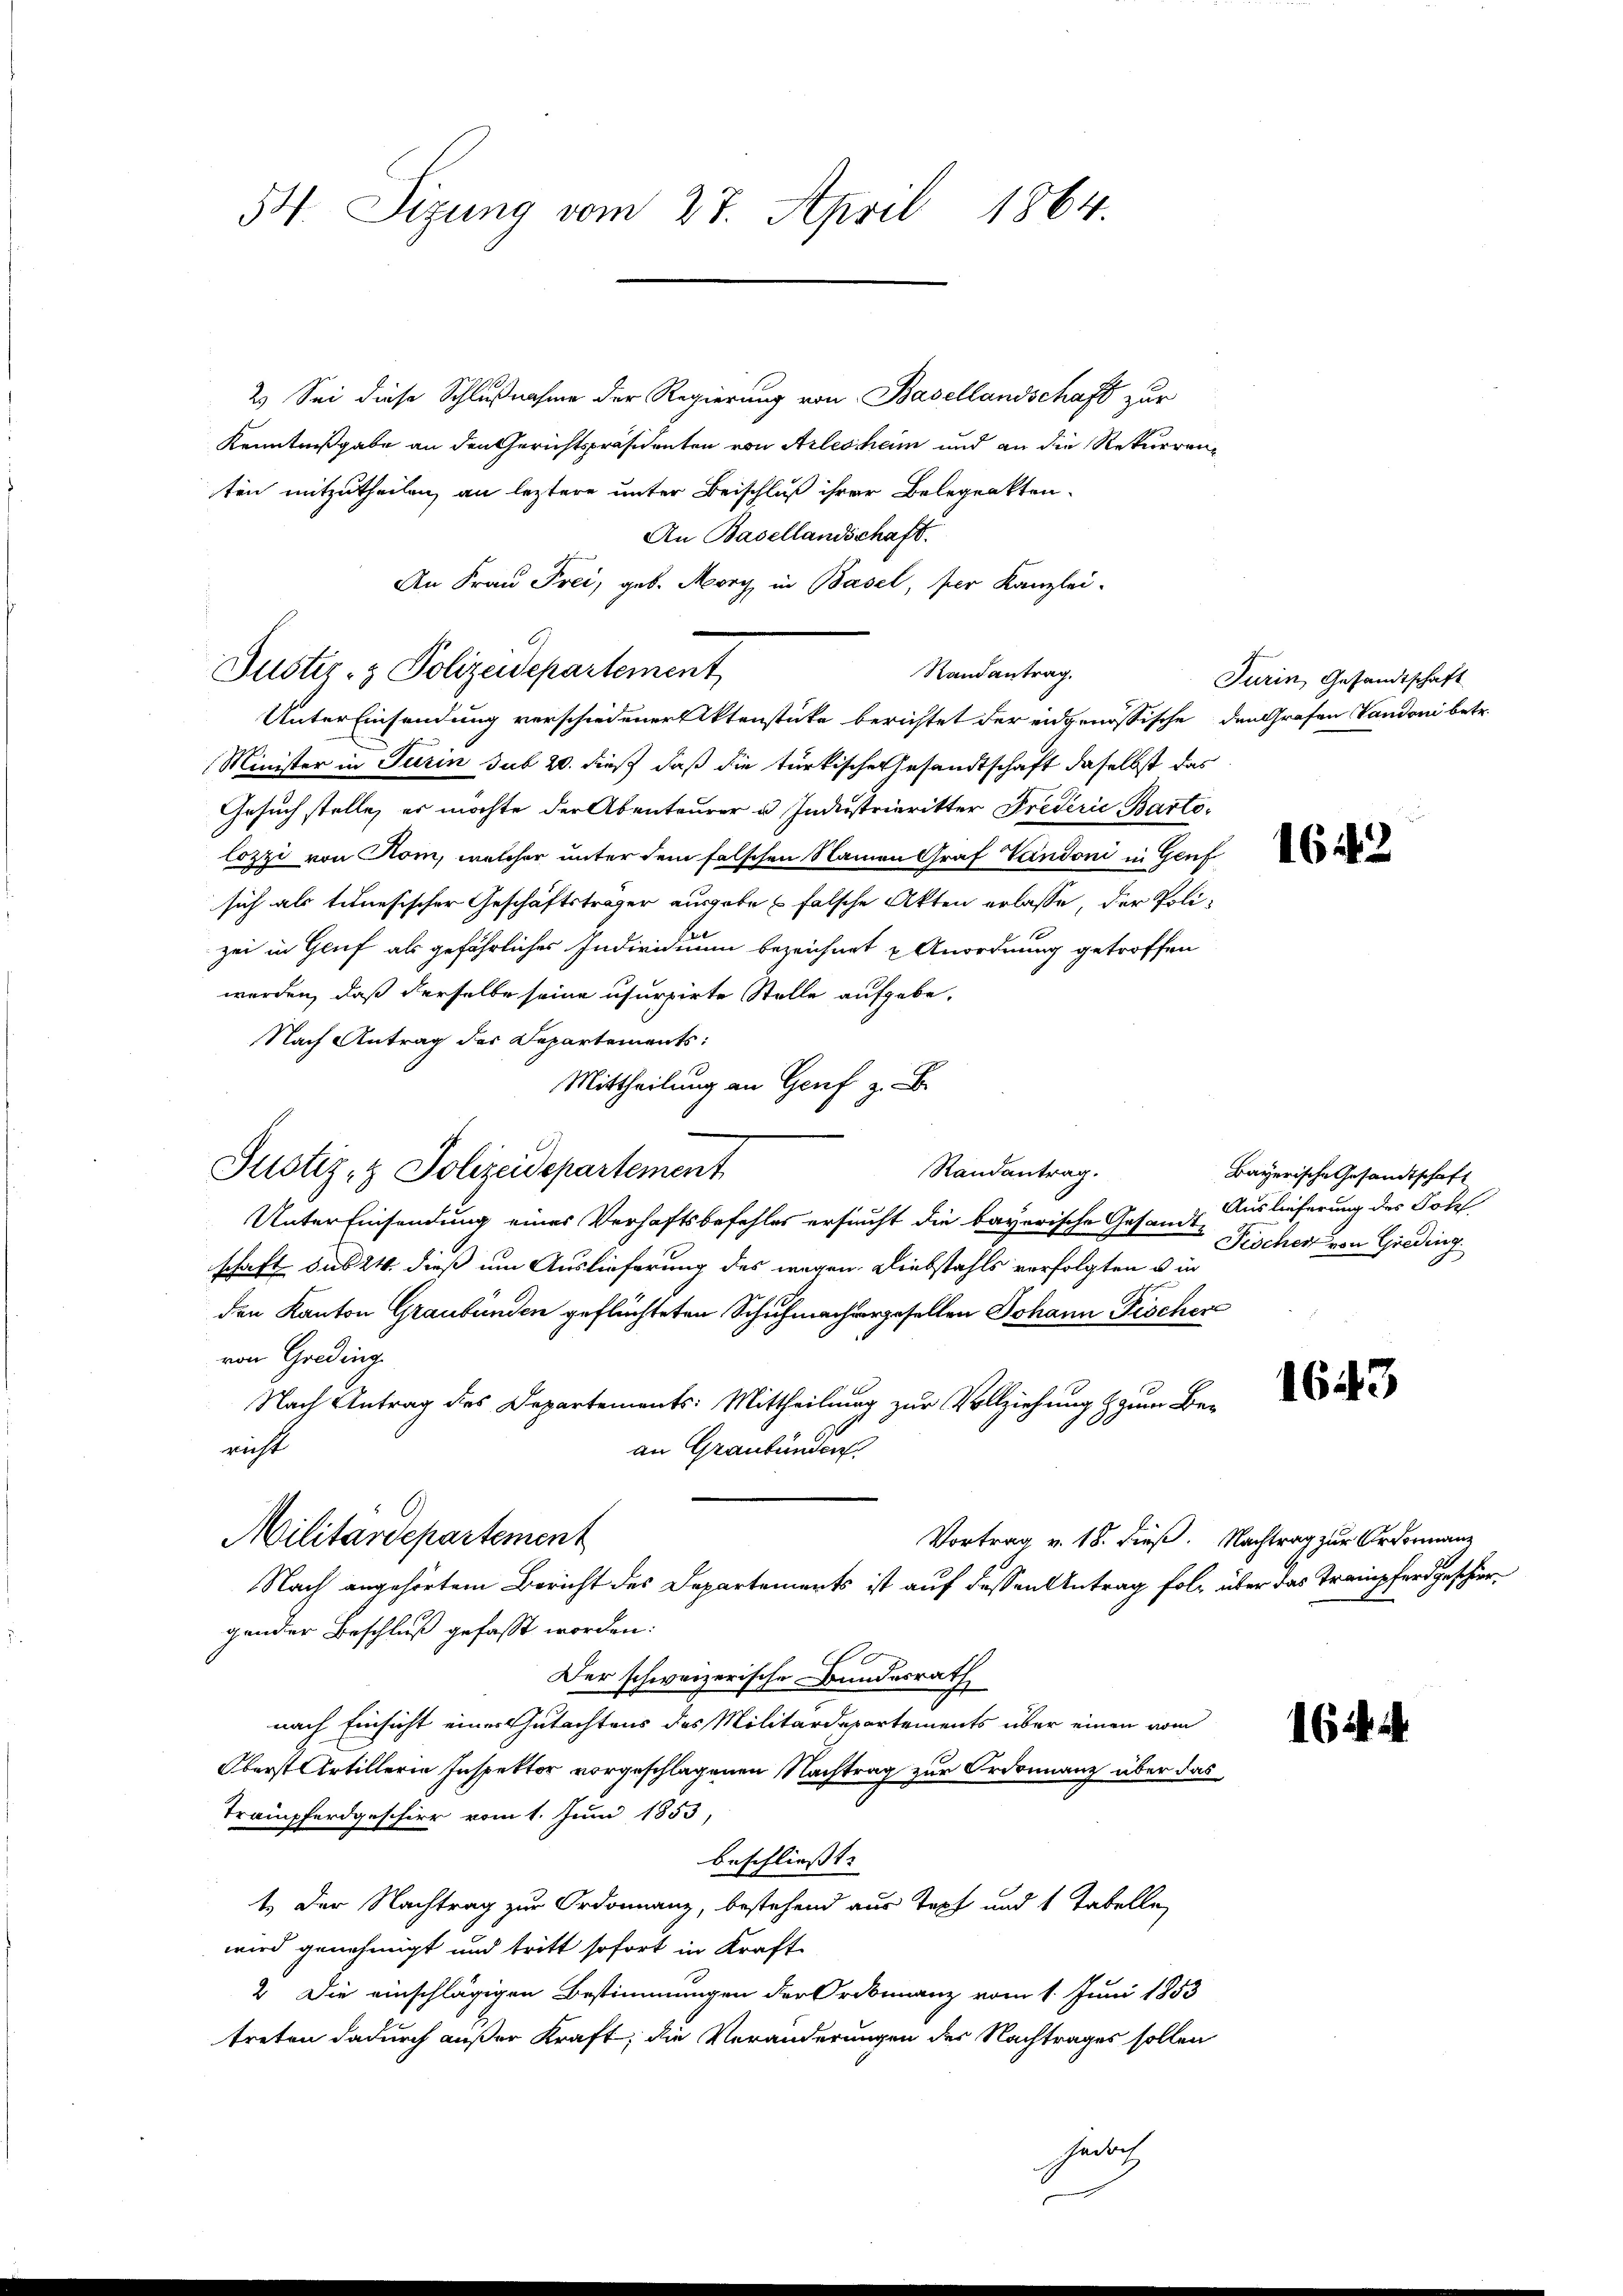
54. Sizung vom 27. April 1864.

2.) Sei diese Schlußnahme der Regierung von Basellandschaft zur
Kenntnißgabe an den Gerichtspräsidenten von Arlesheim und an die Rekurrenz
ten mitzutheilen, an leztere unter Beischluß ihrer Belegenkten.
An Basellandschaft.
An Frau Frei, geb. Morg in Basel, per Kanzlei-
Randantrag.
Unter Einsendung verschiedener Aktenstücke berichtet der eidgenössische den Grafen Vandoni betr.
Minister in Turin sub 20. dieß daß die türkische Gesandtschaft daselbst das
Gesuch stelle, er möchte der Abenteurer u. Industrieritter Frederie Bartolozzi von Rom, welcher unter dem falschen Namen Graf Vandoni in Genf
sich als tenesischer Geschäftsträger ausgabe falsche Akten erlasse, der Polizei in Gruf als gefährliches Individuum bezeichnet u Anordnung getroffen
werden, daß derselbe seine usurpirte Stelle aufgebe,
Nach Antrag der Departements:
Mittheilung an Genf z. B.
Randantrag.
Justiz- & Polizeidepartement
Unter Einsendung eines Verhaftsbefehles ersucht die bayerische Gesandt Auslieferung des Sohl
schaft sub 24 dieß um Auslieferung des wegen Diebstahls vorfolgten u in
den Kanton Graubünden geflüchteten Schuhmachergesellen Johann Fischer
von Greding
Nach Antrag des Departements: Mittheilung zur Vollziehung zum Benicht
an Graubünden.
Militärdepartement
Vortrag v. 18. dieß. Nachtrag zur Ordonnanz
Nach angehörtem Bericht des Departements ist auf dessen Antrag folg über das Trampferd geschiergender Beschluß gefasst worden:
Der schweizerische Bundesrath
nach Einsicht einer Gutachtens des Militärdepartements über einen vom
Oberst Artillerie Inspektor vorgeschlagenen Nachtrag zur Ordonnanz über das
Trampferdgeschirr vom 1. Juni 1853,
beschliesst:
t. Der Nachtrag zur Ordonnanz, bestehend aus Topf und 1 Tabelle,
wird genehmigt und tritt sofort in Kraft-
2 Die einschlägigen Bestimmungen der Ordinanz vom 1. Juni 1853
treten dadurch außer Kraft; die Veränderungen der Nachtrages sollen

Justiz- & Polizeidepartement

Jedoch

Turin, Gesandtschaft

1642

Bayerische Gesandtschaft
Fischer von Greding

1643

1644